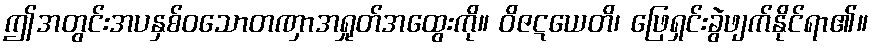
ဤအတွင်းအပနှစ်ဝသောတဏှာအရှုတ်အထွေးကို။ ဝိဇဋယေတိ၊ ဖြေရှင်းခွဲဖျက်နိုင်ရာ၏။